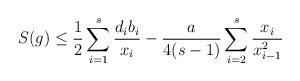
LaTeX: \begin{align*}S(g)\le\frac12\sum_{i=1}^s\frac{d_ib_i}{x_i}-\frac a{4(s-1)}\sum_{i=2}^s\frac{x_i}{x_{i-1}^2}\end{align*}